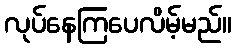
လုပ်နေကြပေလိမ့်မည်။